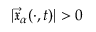
| \vec { \mathfrak { x } } _ { \alpha } ( \cdot , t ) | > 0